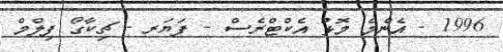
1996 - އެންމެ މޮޅު އެކްޓްރެސް - ފަޔަރ - ޗިކާގޯ ފިލްމް